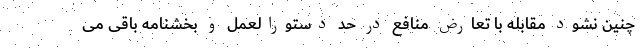
چنین نشود مقابله با تعارض منافع در حد دستورالعمل و بخشنامه باقی می